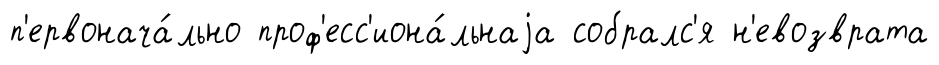
п'ервонача́льно проф'есс'иона́льнаjа собралс'я н'евозврата